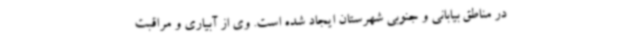
در مناطق بیابانی و جنوبی شهرستان ایجاد شده است. وی از آبیاری و مراقبت